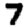
Digit: 7